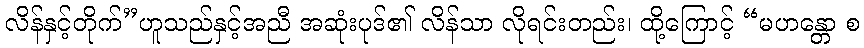
လိန်နှင့်တိုက်”ဟူသည်နှင့်အညီ အဆုံးပုဒ်၏ လိန်သာ လိုရင်းတည်း၊ ထို့ကြောင့် “မဟန္တော စ